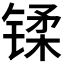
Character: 𫔄